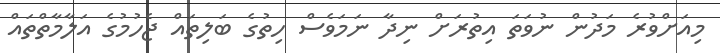
މިއަށްވުރެ މަދުން ނުވަތަ އިތުރަށް ނިދާ ނަމަވެސް ހިތުގެ ބަލިތައް ޖެހުމުގެ އަލާމާތްތައް